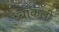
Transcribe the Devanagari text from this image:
बाँकली